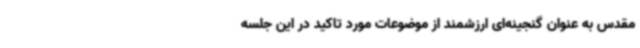
مقدس به عنوان گنجینه‌ای ارزشمند از موضوعات مورد تاکید در این جلسه